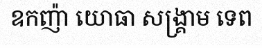
ឧកញ៉ា យោធា សង្គ្រាម ទេព